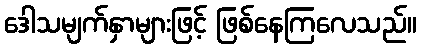
ဒေါသမျက်နှာများဖြင့် ဖြစ်နေကြလေသည်။